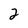
Character: 2